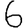
Digit: 6